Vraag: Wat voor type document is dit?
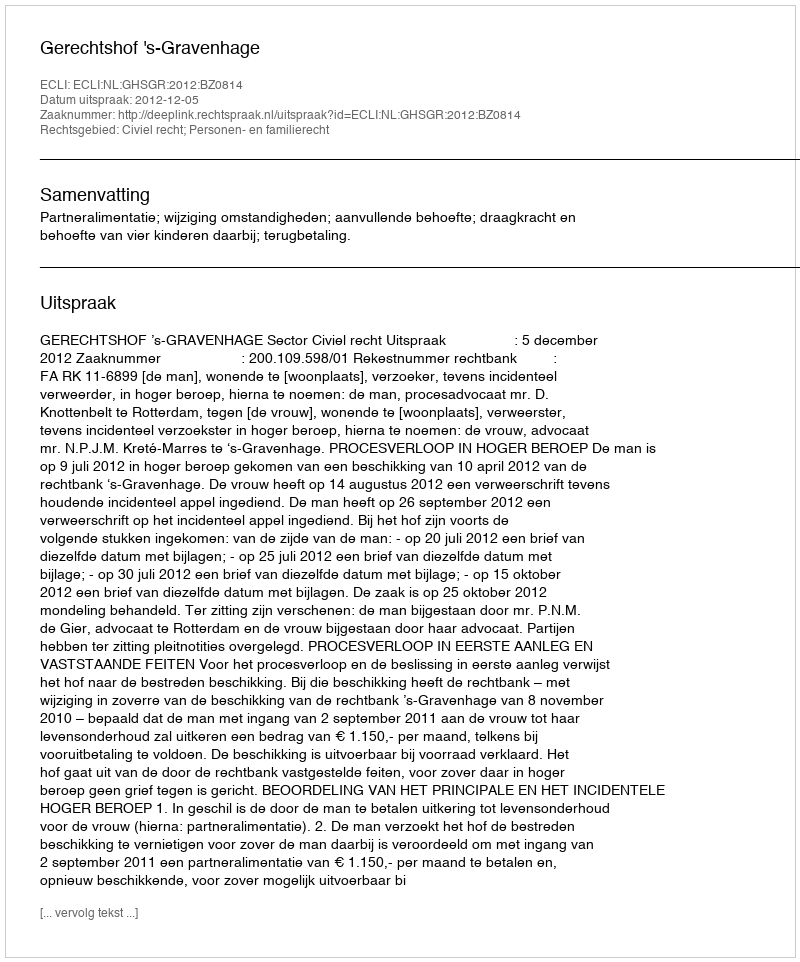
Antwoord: Uitspraak